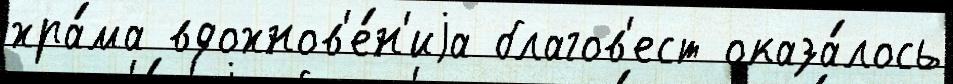
хра́ма вдохнов'е́н'иjа благов'ест оказа́лось